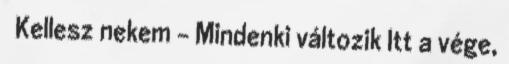
♥ Kellesz nekem - Mindenki változik Itt a vége,